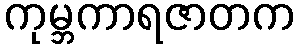
ကုမ္ဘကာရဇာတက